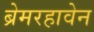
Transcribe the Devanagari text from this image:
ब्रेमरहावेन